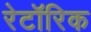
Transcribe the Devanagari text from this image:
रेटॉरिक